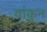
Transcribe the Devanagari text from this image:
वांकुन